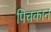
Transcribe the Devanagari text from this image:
पिचकान